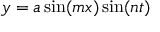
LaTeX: y = a \sin ( m x ) \sin ( n t )